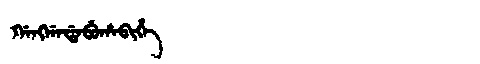
Manchu: ᡤᠠᠩᡤᠠᡩᠠᠪᡠᡥᠠᠪᡳᡥᡝ
Romanization: GANGGADABUHABIHE